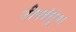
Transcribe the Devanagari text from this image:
जीवजंतूंना